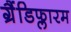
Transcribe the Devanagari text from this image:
ग्रैंडिफ्लारम